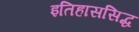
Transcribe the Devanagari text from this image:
इतिहाससिद्ध